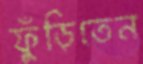
ফুঁড়িতেন